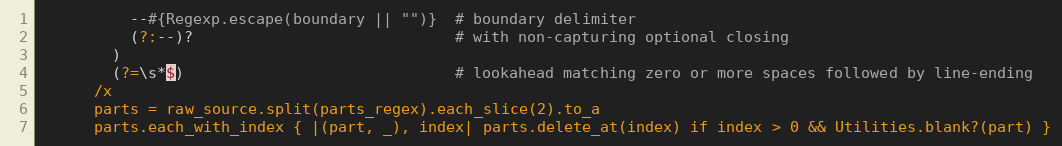
Language: Ruby
          --#{Regexp.escape(boundary || "")}  # boundary delimiter
          (?:--)?                             # with non-capturing optional closing
        )
        (?=\s*$)                              # lookahead matching zero or more spaces followed by line-ending
      /x
      parts = raw_source.split(parts_regex).each_slice(2).to_a
      parts.each_with_index { |(part, _), index| parts.delete_at(index) if index > 0 && Utilities.blank?(part) }